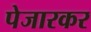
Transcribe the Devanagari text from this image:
पेजारकर